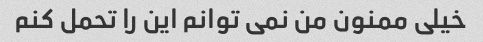
خیلی ممنون من نمی توانم این را تحمل کنم